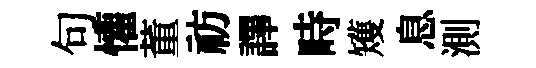
句懽董祊譯畤矱息測